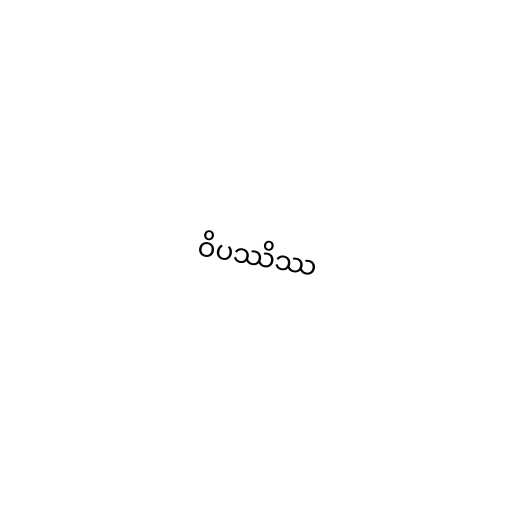
ဝိပဿိဿ